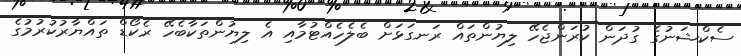
ސެކްޝަނުގެ ގުދަން ކުރަންޖެހޭ ލިޔުންތައް ރަނގަޅަށް ބެލެހެއްޓުމާއި އެ ލިޔުންތަކާބެހޭ ރެކޯޑް ތައްޔާރުކުރުމުގެ